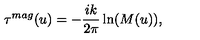
\tau ^ { m a g } ( u ) = - \frac { i k } { 2 \pi } \ln ( M ( u ) ) ,